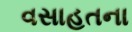
વસાહતના